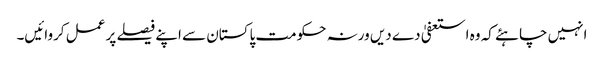
انہیں چاہئے کہ وہ استعفیٰ دے دیں ورنہ حکومت پاکستان سے اپنے فیصلے پر عمل کروائیں۔